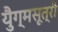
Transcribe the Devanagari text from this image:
युैग्मसूत्री